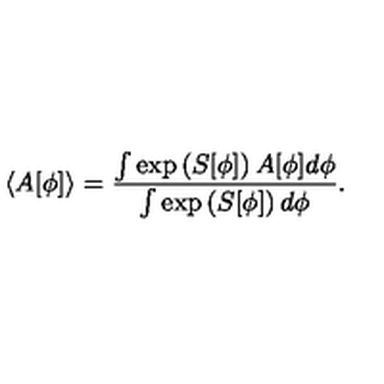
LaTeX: \langle A [ \phi ] \rangle = \frac { \int \exp \left( S [ \phi ] \right) A [ \phi ] d \phi } { \int \exp \left( S [ \phi ] \right) d \phi } .